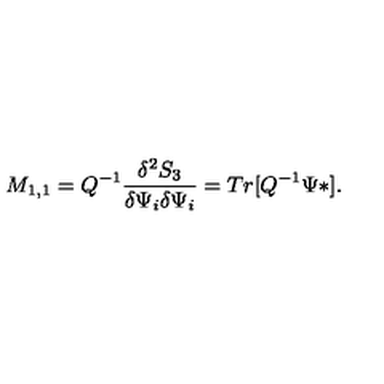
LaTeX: M _ { 1 , 1 } = Q ^ { - 1 } \frac { \delta ^ { 2 } S _ { 3 } } { \delta \Psi _ { i } \delta \Psi _ { i } } = T r [ Q ^ { - 1 } \Psi * ] .